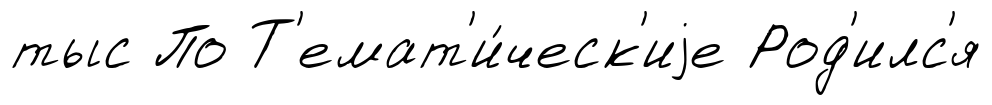
тыс По Т'емат'и́ческ'иjе Род'илс'я